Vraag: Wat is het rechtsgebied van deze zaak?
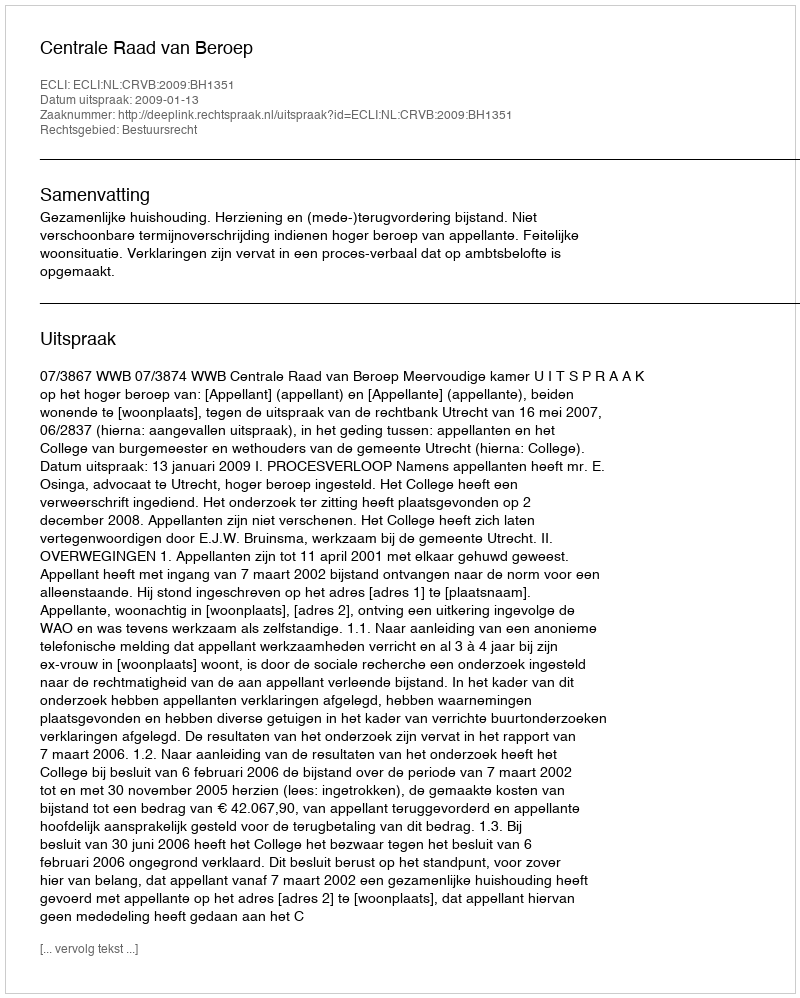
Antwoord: Bestuursrecht